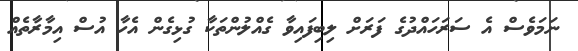
ނަމަވެސް އެ ސަރަހައްދުގެ ފަރަށް ލިބިފައިވާ ގެއްލުންތަކާ ގުޅިގެން އެހާ އުސް އިމާރާތެއް